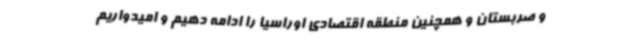
و صربستان و همچنین منطقه اقتصادی اوراسیا را ادامه دهیم و امیدواریم